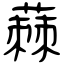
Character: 蕀